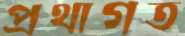
প্রথাগত